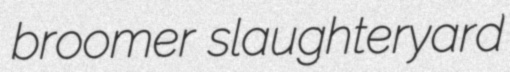
broomer slaughteryard